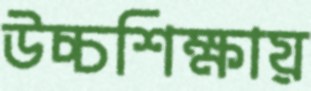
উচ্চশিক্ষায়